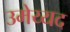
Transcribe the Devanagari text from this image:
उमेय्यद